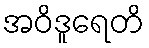
အဝိဒူရေတိ